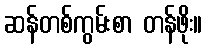
ဆန်တစ်ကွမ်းစာ တန်ဖိုး။